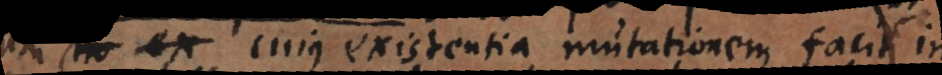
est cujus existentia mutationem facit in